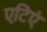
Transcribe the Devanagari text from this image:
एटिएं